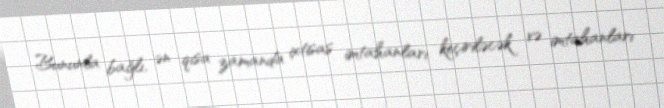
Bununla bağlı, ən qısa zamanda ixtisas imtahanları keçiriləcək və imtahanları